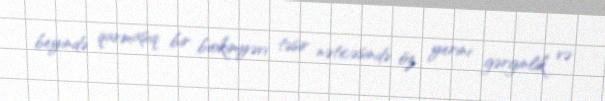
beyində qarmaşıq bir biokimyəvi təsir nəticəsində öz yerini gərginlik və